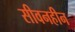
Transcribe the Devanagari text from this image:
सीवनहीन